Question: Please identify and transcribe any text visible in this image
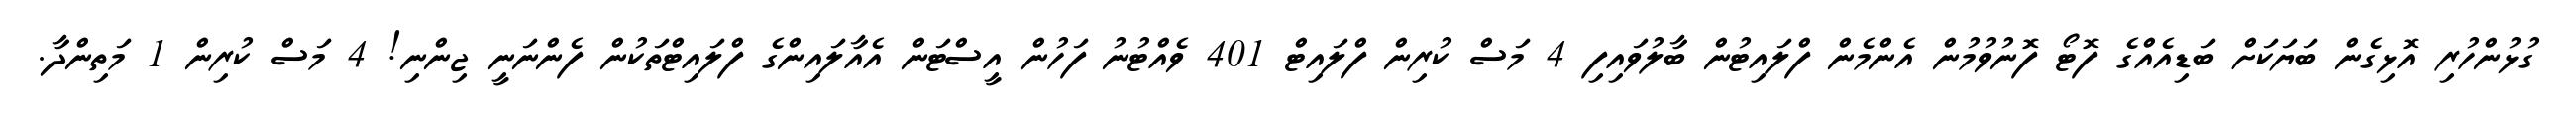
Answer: ގުޅުންހުރި އޮޅިގެން ބަޔަކަށް ބަޑިއެއްގެ ފޮޓޯ ފޮނުވުމުން އެންމެން ފްލައިޓުން ބާލުވައިފި 4 މަސް ކުރިން ފްލައިޓް 401 ވެއްޓުނު ފަހުން އީސްޓަން އެއާލައިންގެ ފްލައިޓްތަކުން ފެންނަނީ ޖިންނި! 4 މަސް ކުރިން 1 މަތިންދާ.